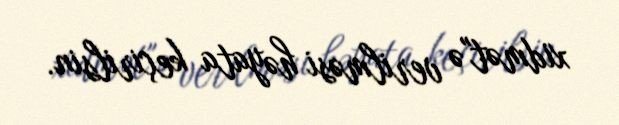
xidmət"ə verilməsi həyata keçirilsin.